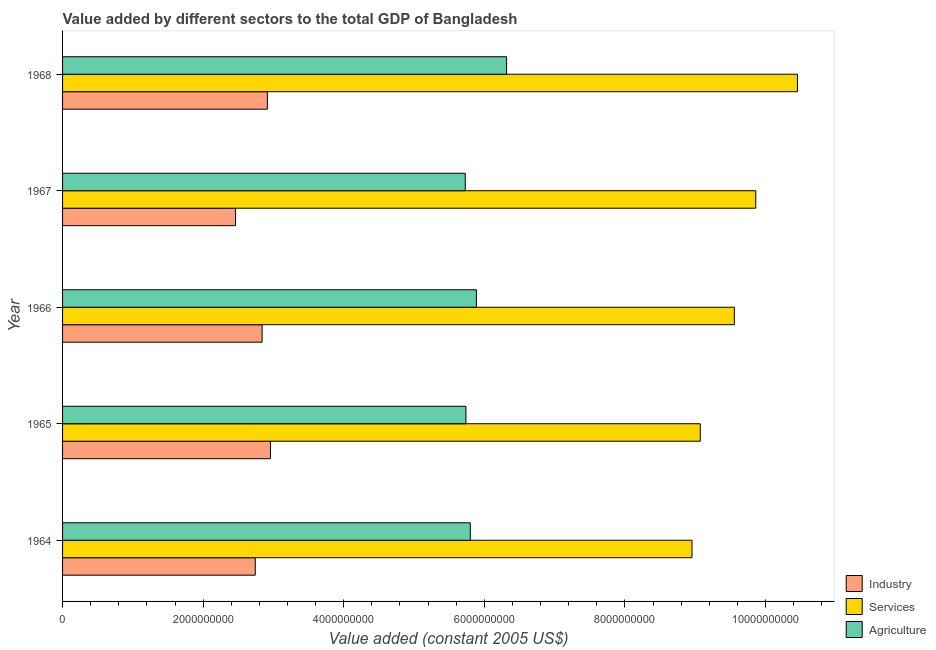
| Year | Industry | Services | Agriculture |
 | --- | --- | --- | --- |
 | 1964 | 2.74e+09 | 8.95e+09 | 5.8e+09 |
 | 1965 | 2.96e+09 | 9.07e+09 | 5.74e+09 |
 | 1966 | 2.84e+09 | 9.56e+09 | 5.89e+09 |
 | 1967 | 2.46e+09 | 9.86e+09 | 5.73e+09 |
 | 1968 | 2.91e+09 | 1.05e+10 | 6.32e+09 |